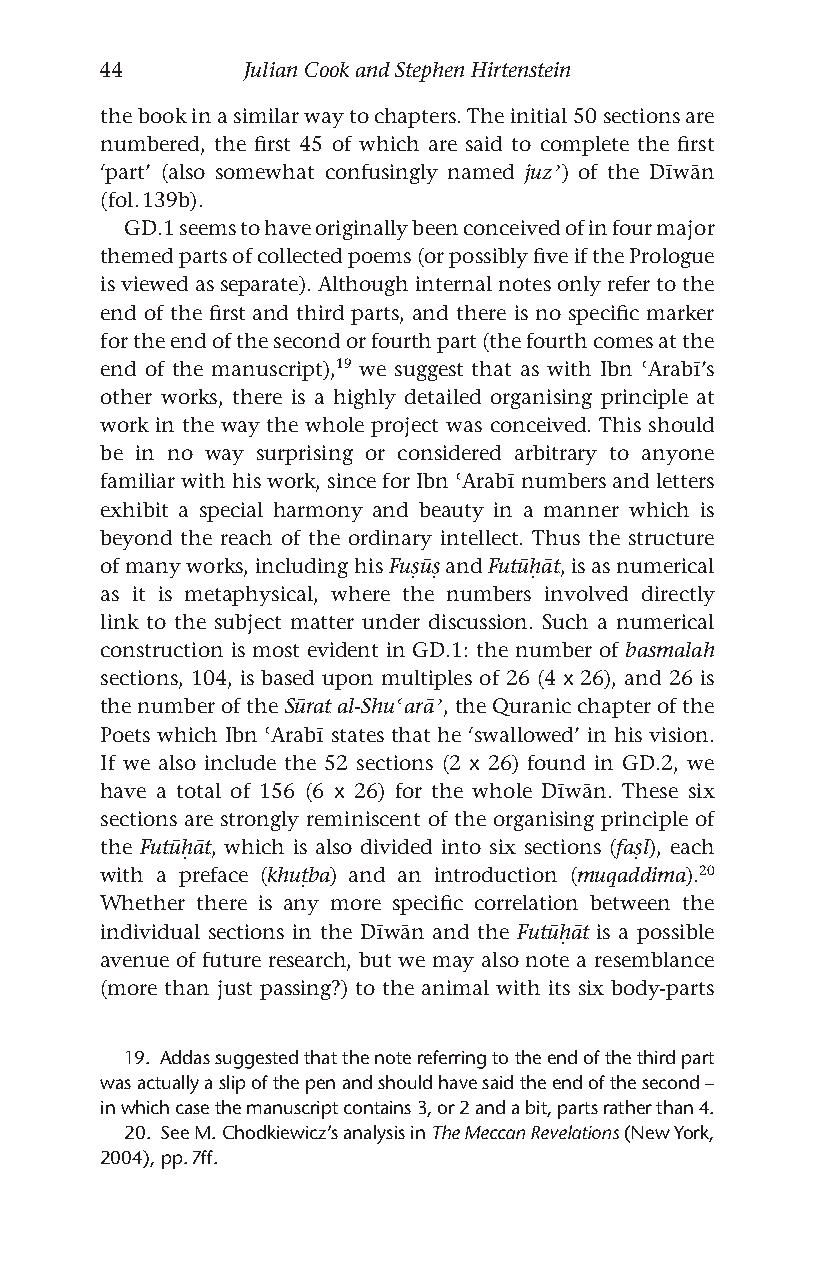
44       Julian Cook and Stephen Hirtenstein
 the book in a similar way to chapters. The initial 50 sections are
 numbered, the first 45 of which are said to complete the first
 ‘part’ (also somewhat confusingly named juzʾ) of the Dīwān
 (fol. 139b).
 GD.1 seems to have originally been conceived of in four major
 themed parts of collected poems (or possibly five if the Prologue
 is viewed as separate). Although internal notes only refer to the
 end of the first and third parts, and there is no specific marker
 for the end of the second or fourth part (the fourth comes at the
 end of the manuscript),19 we suggest that as with Ibn ʿArabī’s
 other works, there is a highly detailed organising principle at
 work in the way the whole project was conceived. This should
 be in no way surprising or considered arbitrary to anyone
 familiar with his work, since for Ibn ʿArabī numbers and letters
 exhibit a special harmony and beauty in a manner which is
 beyond the reach of the ordinary intellect. Thus the structure
 of many works, including his Fuṣūṣ and Futūḥāt, is as numerical
 as it is metaphysical, where the numbers involved directly
 link to the subject matter under discussion. Such a numerical
 construction is most evident in GD.1: the number of basmalah
 sections, 104, is based upon multiples of 26 (4 x 26), and 26 is
 the number of the Sūrat al-Shuʿarāʾ, the Quranic chapter of the
 Poets which Ibn ʿArabī states that he ‘swallowed’ in his vision.
 If we also include the 52 sections (2 x 26) found in GD.2, we
 have a total of 156 (6 x 26) for the whole Dīwān. These six
 sections are strongly reminiscent of the organising principle of
 the Futūḥāt, which is also divided into six sections (faṣl), each
 with a preface (khuṭba) and an introduction (muqaddima).20
 Whether there is any more specific correlation between the
 individual sections in the Dīwān and the Futūḥāt is a possible
 avenue of future research, but we may also note a resemblance
 (more than just passing?) to the animal with its six body-parts
 19. Addas suggested that the note referring to the end of the third part
 was actually a slip of the pen and should have said the end of the second –
 in which case the manuscript contains 3, or 2 and a bit, parts rather than 4.
 20. See M. Chodkiewicz’s analysis in The Meccan Revelations (New York,
 2004), pp. 7ff.